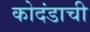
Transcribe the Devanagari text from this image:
कोदंडाची